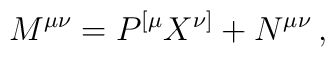
M^{\mu\nu} =   P^{[\mu} X^{\nu]} +  N^{\mu\nu}\,,